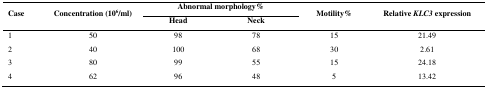
<table><thead><tr><td rowspan="2"><b>Case</b></td><td rowspan="2"><b>Concentration (10<sup>6</sup>/ml)</b></td><td colspan="2"><b>Abnormal morphology%</b></td><td rowspan="2"><b>Motility%</b></td><td rowspan="2"><b>Relative <i>KLC3</i> expression</b></td></tr><tr><td><b>Head</b></td><td><b>Neck</b></td></tr></thead><tbody><tr><td>1</td><td>50</td><td>98</td><td>78</td><td>15</td><td>21.49</td></tr><tr><td>2</td><td>40</td><td>100</td><td>68</td><td>30</td><td>2.61</td></tr><tr><td>3</td><td>80</td><td>99</td><td>55</td><td>15</td><td>24.18</td></tr><tr><td>4</td><td>62</td><td>96</td><td>48</td><td>5</td><td>13.42</td></tr></tbody></table>